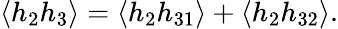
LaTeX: \langle h_{2}h_{3}\rangle=\langle h_{2}h_{31}\rangle+\langle h_{2}h_{32}\rangle.